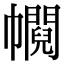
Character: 𢅰